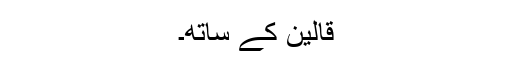
قالین کے ساتھ۔